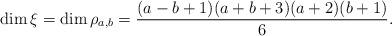
LaTeX: \begin{align*}\dim \xi=\dim \rho_{a,b}=\frac{(a-b+1)(a+b+3)(a+2)(b+1)}{6}.\end{align*}